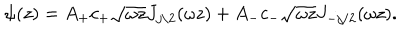
\psi ( z ) = A _ { + } c _ { + } \sqrt { \omega z } J _ { j / 2 } ( \omega z ) + A _ { - } c _ { - } \sqrt { \omega z } J _ { - j / 2 } ( \omega z ) .